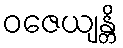
ဝဇေယျန္တိ